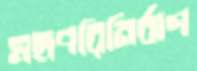
মহাপরিনির্বাণ